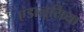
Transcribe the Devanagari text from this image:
एंडालूसिया